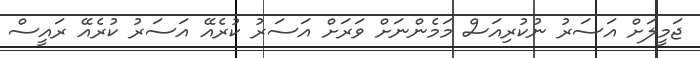
ޖަމީލަށް އަސަރު ނުކުރިއަސް މަމެންނަށް ވަރަށް އަަސަރު ކުރެއޭ އަސަރު ކުރެއޭ ރައީސް